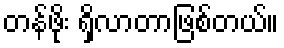
တန်ဖိုး ရှိလာတာဖြစ်တယ်။